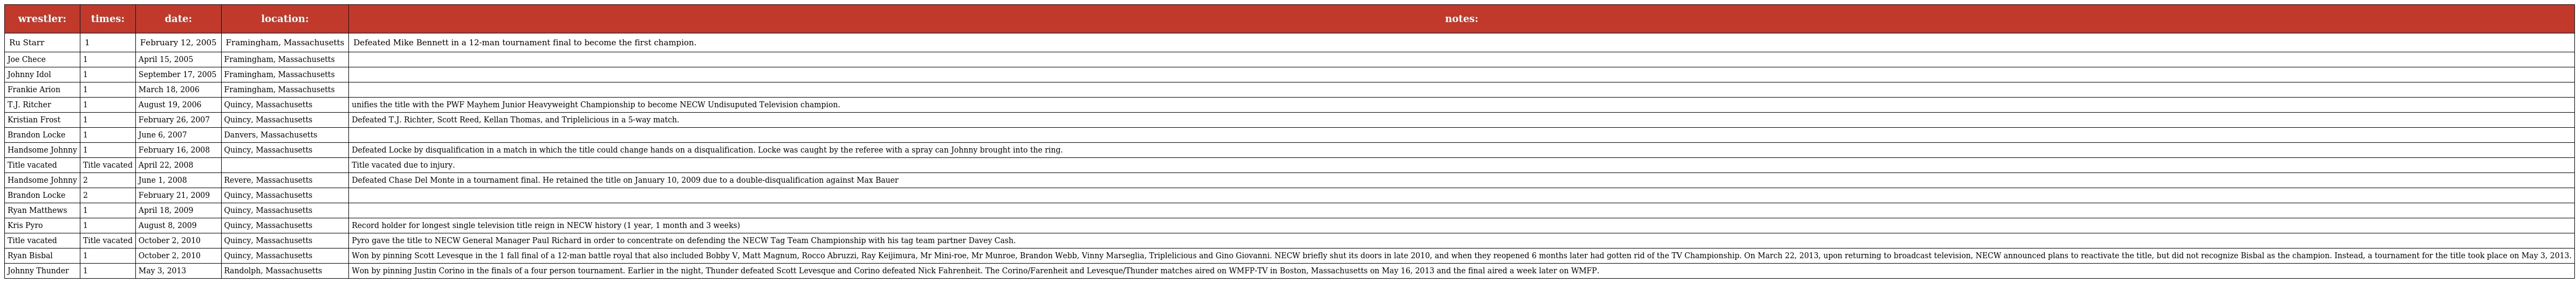
| wrestler: | times: | date: | location: | notes: |
 | --- | --- | --- | --- | --- |
 | Ru Starr | 1 | February 12, 2005 | Framingham, Massachusetts | Defeated Mike Bennett in a 12-man tournament final to become the first champion. |
 | Joe Chece | 1 | April 15, 2005 | Framingham, Massachusetts |  |
 | Johnny Idol | 1 | September 17, 2005 | Framingham, Massachusetts |  |
 | Frankie Arion | 1 | March 18, 2006 | Framingham, Massachusetts |  |
 | T.J. Ritcher | 1 | August 19, 2006 | Quincy, Massachusetts | unifies the title with the PWF Mayhem Junior Heavyweight Championship to become NECW Undisuputed Television champion. |
 | Kristian Frost | 1 | February 26, 2007 | Quincy, Massachusetts | Defeated T.J. Richter, Scott Reed, Kellan Thomas, and Triplelicious in a 5-way match. |
 | Brandon Locke | 1 | June 6, 2007 | Danvers, Massachusetts |  |
 | Handsome Johnny | 1 | February 16, 2008 | Quincy, Massachusetts | Defeated Locke by disqualification in a match in which the title could change hands on a disqualification. Locke was caught by the referee with a spray can Johnny brought into the ring. |
 | Title vacated | Title vacated | April 22, 2008 |  | Title vacated due to injury. |
 | Handsome Johnny | 2 | June 1, 2008 | Revere, Massachusetts | Defeated Chase Del Monte in a tournament final. He retained the title on January 10, 2009 due to a double-disqualification against Max Bauer |
 | Brandon Locke | 2 | February 21, 2009 | Quincy, Massachusetts |  |
 | Ryan Matthews | 1 | April 18, 2009 | Quincy, Massachusetts |  |
 | Kris Pyro | 1 | August 8, 2009 | Quincy, Massachusetts | Record holder for longest single television title reign in NECW history (1 year, 1 month and 3 weeks) |
 | Title vacated | Title vacated | October 2, 2010 | Quincy, Massachusetts | Pyro gave the title to NECW General Manager Paul Richard in order to concentrate on defending the NECW Tag Team Championship with his tag team partner Davey Cash. |
 | Ryan Bisbal | 1 | October 2, 2010 | Quincy, Massachusetts | Won by pinning Scott Levesque in the 1 fall final of a 12-man battle royal that also included Bobby V, Matt Magnum, Rocco Abruzzi, Ray Keijimura, Mr Mini-roe, Mr Munroe, Brandon Webb, Vinny Marseglia, Triplelicious and Gino Giovanni. NECW briefly shut its doors in late 2010, and when they reopened 6 months later had gotten rid of the TV Championship. On March 22, 2013, upon returning to broadcast television, NECW announced plans to reactivate the title, but did not recognize Bisbal as the champion. Instead, a tournament for the title took place on May 3, 2013. |
 | Johnny Thunder | 1 | May 3, 2013 | Randolph, Massachusetts | Won by pinning Justin Corino in the finals of a four person tournament. Earlier in the night, Thunder defeated Scott Levesque and Corino defeated Nick Fahrenheit. The Corino/Farenheit and Levesque/Thunder matches aired on WMFP-TV in Boston, Massachusetts on May 16, 2013 and the final aired a week later on WMFP. |